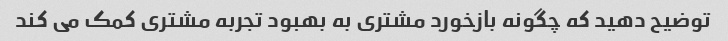
توضیح دهید که چگونه بازخورد مشتری به بهبود تجربه مشتری کمک می کند